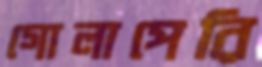
গোলাপেরি